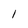
Character: l